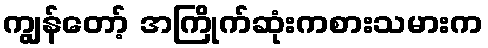
ကျွန်တော့် အကြိုက်ဆုံးကစားသမားက